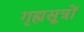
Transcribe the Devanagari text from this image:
गृह्मसूत्रों